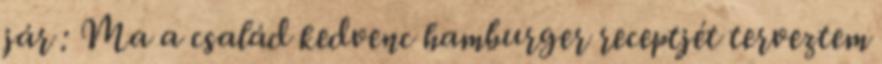
jár : Ma a család kedvenc hamburger receptjét terveztem